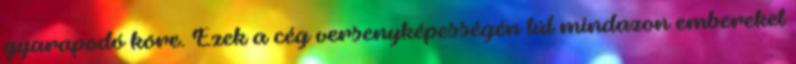
gyarapodó köre. Ezek a cég versenyképességén túl mindazon embereket